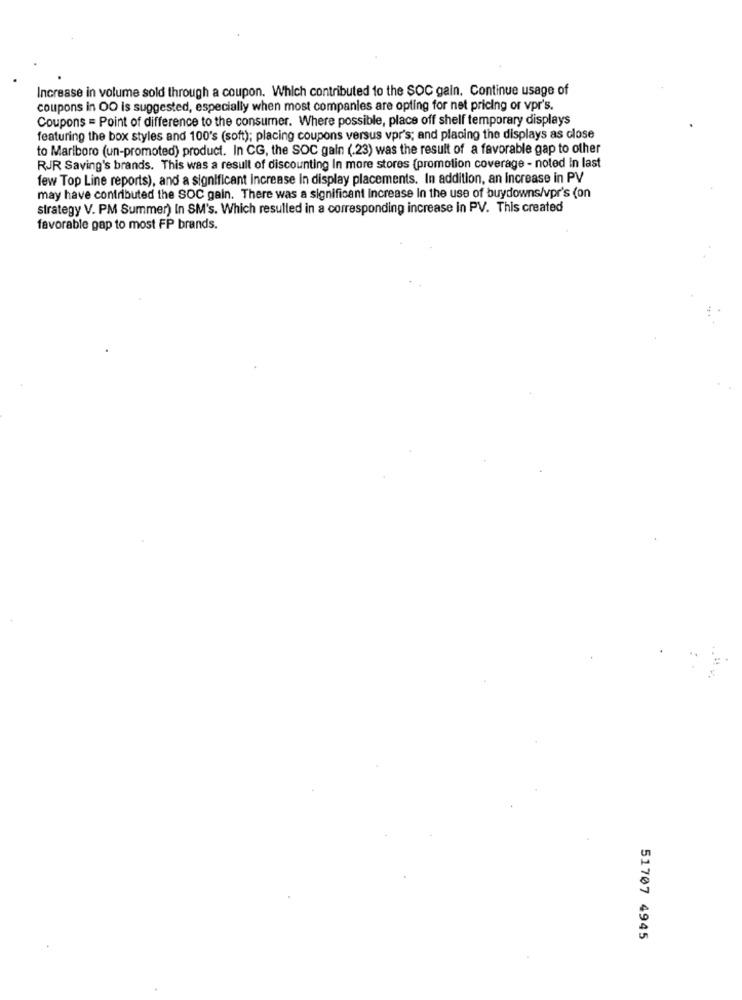
Increase in volume sold through a coupon. Which contributed to the SOC gain. Continue usage of
coupons in OO is suggested, especially when most companies are opting for net pricing or vpr's.
Coupons = Point of difference to the consumer. Where possible, place off shelf temporary displays
featuring the box styles and 100's (soft); placing coupons versus vpr's; and placing the displays as close
to Marlboro (un-promoted) product. In CG, the SOC gain (.23) was the result of a favorable gap to other
RJR Saving's brands. This was a result of discounting In more stores (promotion coverage - noted In last
few Top Line reports), and a significant Increase in display placements. In addition, an Increase in PV
may have contributed the SOC gain. There was a significant increase In the use of buydowns/vpr's (on
strategy V. PM Summer) In SM's. Which resulted in a corresponding increase in PV. This created
favorable gap to most FP brands.
51707 4945